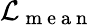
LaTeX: \mathcal{L}_{\mathrm{~m~e~a~n~}}